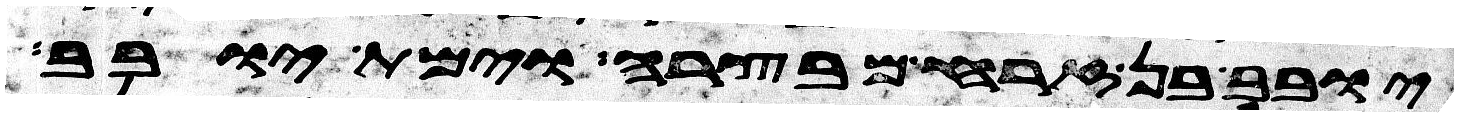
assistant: יובב בן זרח מבצרה וימת יובב